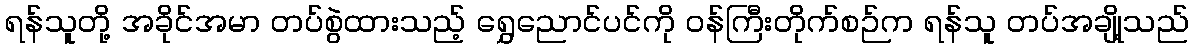
ရန်သူတို့ အခိုင်အမာ တပ်စွဲထားသည့် ရွှေညောင်ပင်ကို ဝန်ကြီးတိုက်စဉ်က ရန်သူ တပ်အချို့သည်